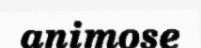
animose